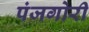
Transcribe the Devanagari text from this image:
पंजगोरी